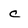
Character: C